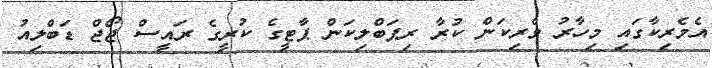
އެމެރިކާގައި މިހާރު ވެރިކަން ކުރާ ރިޕަބްލިކަން ޕާޓީގެ ކުރީގެ ރައީސް ޖޯޖް ޑަބްލިއު